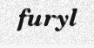
furyl